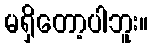
မရှိတော့ပါဘူး။